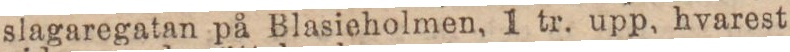
slagaregatan på Blasieholmen, 1 tr. upp, hvarest